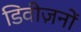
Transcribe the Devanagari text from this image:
डिवीज़नों